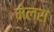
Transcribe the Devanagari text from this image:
मेल्स्